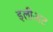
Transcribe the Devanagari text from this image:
इलीअट